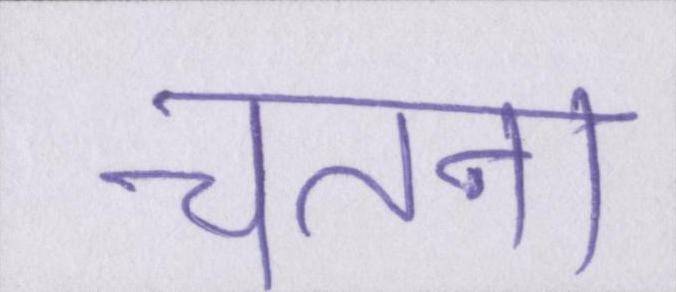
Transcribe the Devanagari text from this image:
चेतना